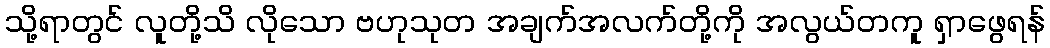
သို့ရာတွင် လူတို့သိ လိုသော ဗဟုသုတ အချက်အလက်တို့ကို အလွယ်တကူ ရှာဖွေရန်